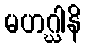
မဟဂ္ဃါနိ